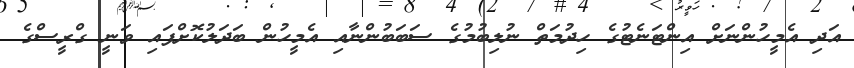
އަދި އެމީހުންނަށް އިންޓަނެޓުގެ ހިދުމަތް ނުލިބުމުގެ ސަބަބުންނާއި އެމީހުން ބަދަލުކޮށްފައި ވަނީ ގްރީސްގެ